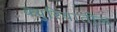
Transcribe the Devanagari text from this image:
क्युरियातील